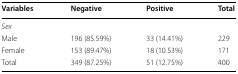
| Variables | Negative | Positive | Total |
 | --- | --- | --- | --- |
 | <COLSPAN=4> Sex |
 | Male | 196 (85.59%) | 33 (14.41%) | 229 |
 | Female | 153 (89.47%) | 18 (10.53%) | 171 |
 | Total | 349 (87.25%) | 51 (12.75%) | 400 |